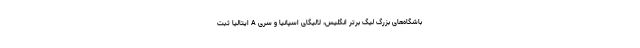
باشگاه‌های بزرگ لیگ برتر انگلیس، لالیگای اسپانیا و سری A ایتالیا ثبت